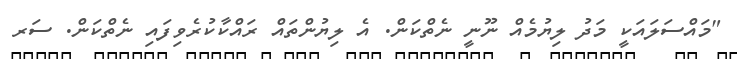
"މައްސަލައަކީ މަދު ލިޔުމެއް ނޫނީ ނެތްކަން. އެ ލިޔުންތައް ރައްކާކުރެވިފައި ނެތްކަން. ސަރ